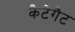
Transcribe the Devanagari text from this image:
कैटेगैट